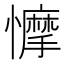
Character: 𢣾